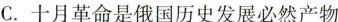
C.十月革命是俄国历史发展必然产物